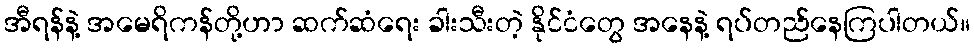
အီရန်နဲ့ အမေရိကန်တို့ဟာ ဆက်ဆံရေး ခါးသီးတဲ့ နိုင်ငံတွေ အနေနဲ့ ရပ်တည်နေကြပါတယ်။